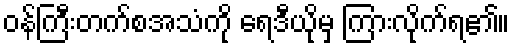
ဝန်ကြီးတက်စအသံကို ရေဒီယိုမှ ကြားလိုက်ရ၏။